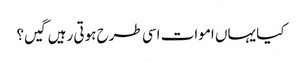
کیا یہاں اموات اسی طرح ہوتی رہیں گیں؟